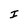
Character: I